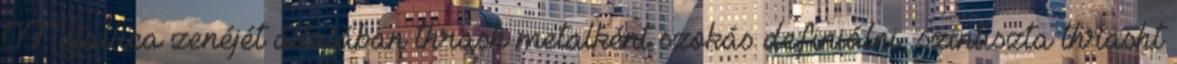
Metallica zenéjét általában thrash metalként szokás definiálni, színtiszta thrasht